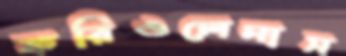
করিওলেনাস